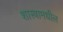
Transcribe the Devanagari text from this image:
शास्त्रामधील